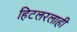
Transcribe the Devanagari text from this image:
हिटलरलाही